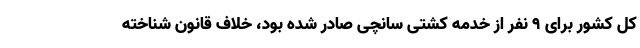
کل کشور برای ۹ نفر از خدمه کشتی سانچی صادر شده بود، خلاف قانون شناخته